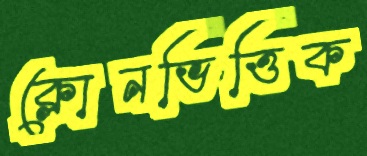
ক্লোনভিত্তিক